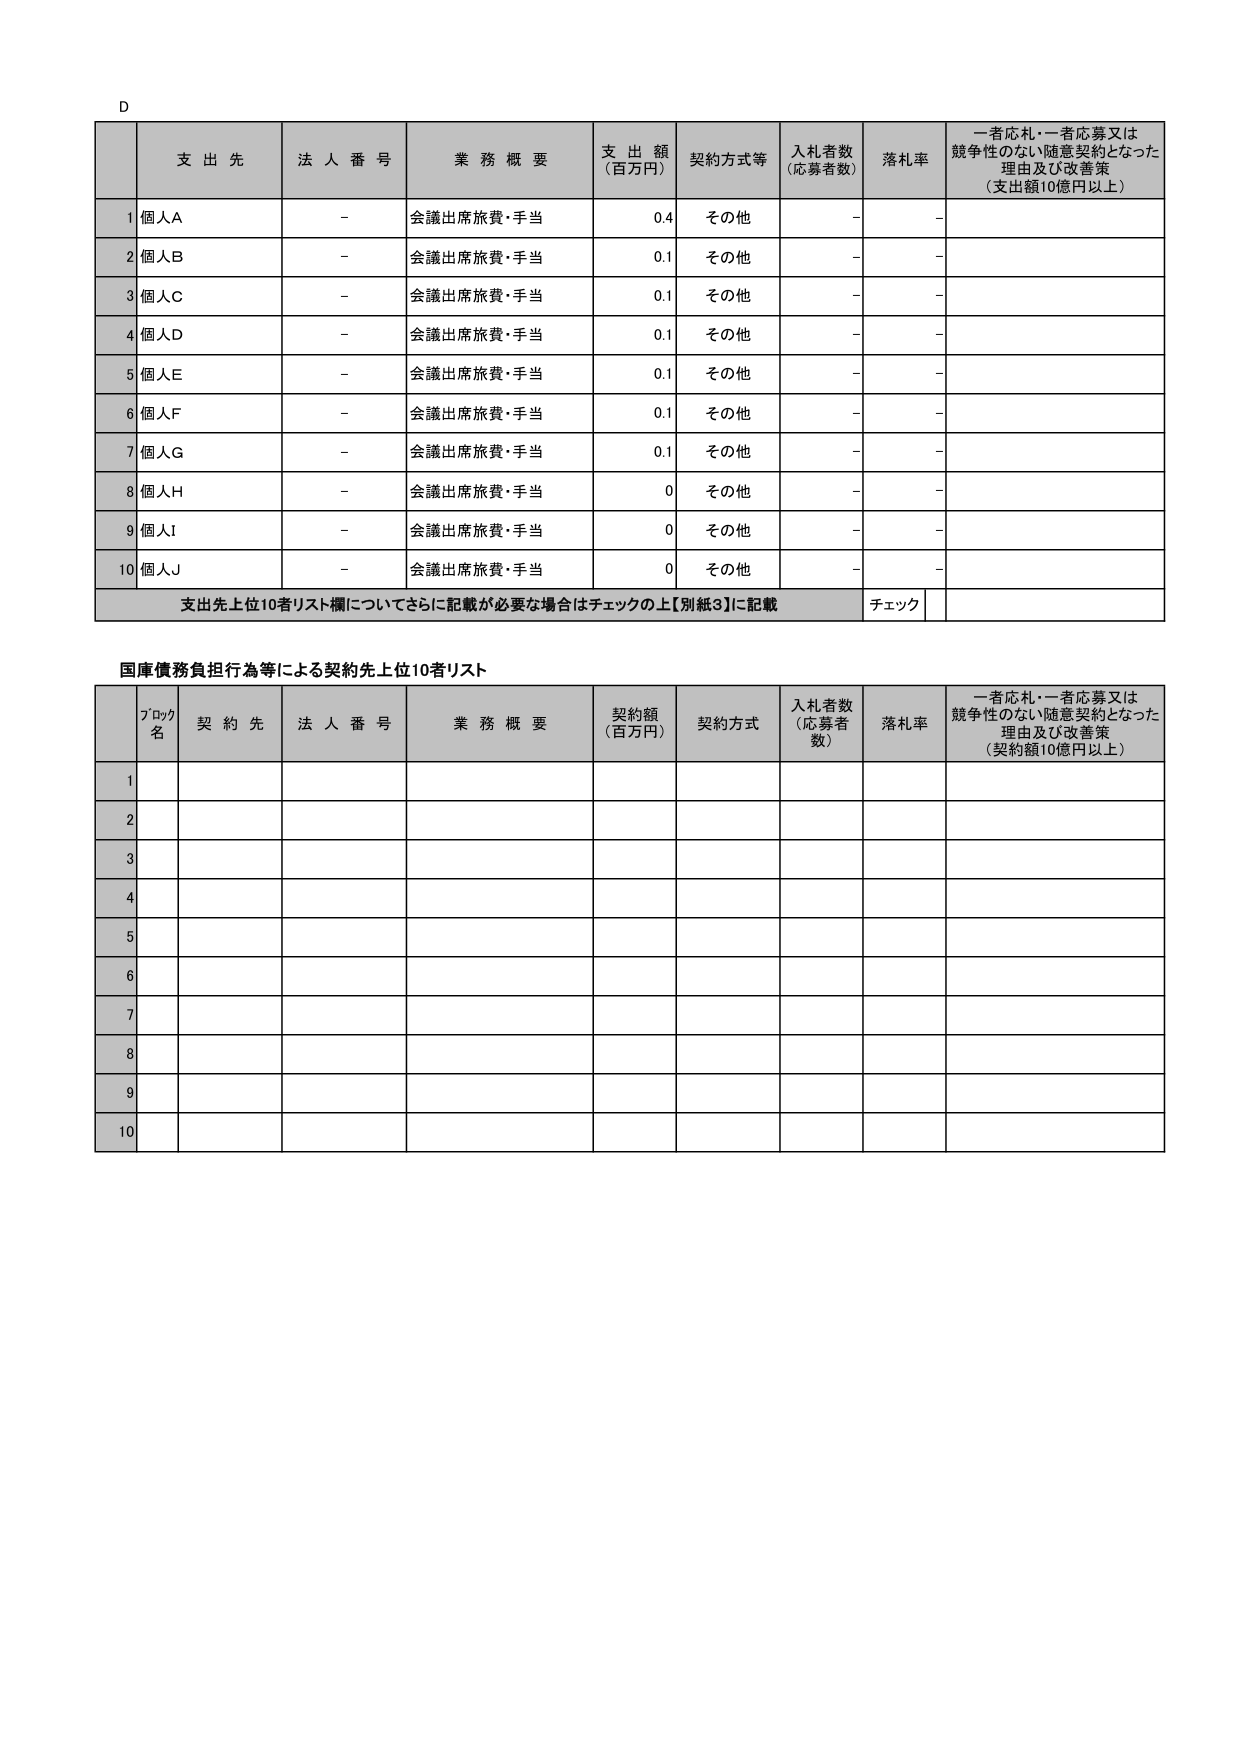
D

支出先 法人番号 業務概要 支出額 （百万円） 契約方式等 入札者数 （応募者数） 落札率 一者応札・一者応募又は競争性のない随意契約となった理由及び改善策 （支出額10億円以上）

1 個人A - 会議出席旅費・手当 0.4 その他 - -

2 個人B - 会議出席旅費・手当 0.1 その他 - -

3 個人C - 会議出席旅費・手当 0.1 その他 - -

4 個人D - 会議出席旅費・手当 0.1 その他 - -

5 個人E - 会議出席旅費・手当 0.1 その他 - -

6 個人F - 会議出席旅費・手当 0.1 その他 - -

7 個人G - 会議出席旅費・手当 0.1 その他 - -

8 個人H - 会議出席旅費・手当 0 その他 - -

9 個人I - 会議出席旅費・手当 0 その他 - -

10 個人J - 会議出席旅費・手当 0 その他 - -

支出先上位10者リスト欄についてさらに記載が必要な場合はチェックの上【別紙3】に記載 チェック

国庫債務負担行為等による契約先上位10者リスト

ﾌﾟﾛｸﾞ名 契約先 法人番号 業務概要 契約額 （百万円） 契約方式 入札者数 （応募者数） 落札率 一者応札・一者応募又は競争性のない随意契約となった理由及び改善策 （契約額10億円以上）

1

2

3

4

5

6

7

8

9

10